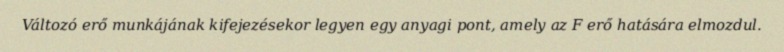
Változó erő munkájának kifejezésekor legyen egy anyagi pont, amely az F erő hatására elmozdul.